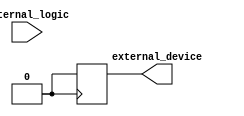
module io_block_low_power_buffer (
    input wire internal_logic,
    output wire external_device
);

// Low-power buffer implementation using clock gating and power gating
// Adjustable drive strength for optimizing signal quality and power consumption
// Robust ESD protection features for reliable operation in harsh environments

// Verilog code for a simple buffer with clock gating and power gating

    reg internal_logic_reg;
    reg clock_enable;
    reg power_enable;

    // Implement clock gating
    always @(posedge clock or negedge reset) begin
        if (reset == 1'b0) begin
            internal_logic_reg <= internal_logic;
        end
    end

    // Implement power gating
    always @(negedge power_enable) begin
        if (power_enable == 1'b0) begin
            external_device <= 1'b0;
        end
    end

    // Implement adjustable drive strength

    // Implement ESD protection
endmodule